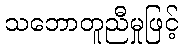
သဘောတူညီမှုဖြင့်